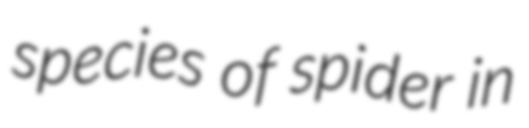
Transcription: species of spider in